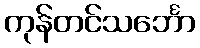
ကုန်တင်သင်္ဘော